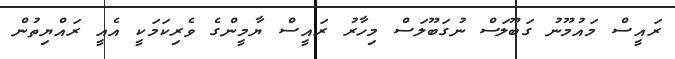
ރައީސް މައުމޫނު ގަބޫލަސް ނުގަބޫލަސް މިހާރު ރައީސް ޔާމީންގެ ވެރިކަމަކީ އެއީ ރައްޔިތުން